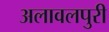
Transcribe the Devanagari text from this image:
अलावलपुरी